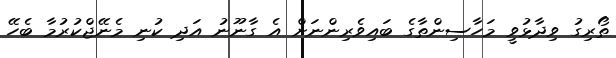
ތޯރިގު ވިދާޅުވީ މަހާސިންތާގެ ބައިވެރިންނަށް އެ ގާނޫނު އަދި ކުނި މެނޭޖްކުރުމާ ބެހޭ